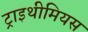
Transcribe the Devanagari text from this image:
ट्राइथीमियस